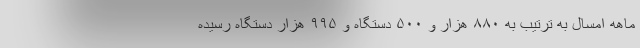
ماهه امسال به ترتیب به ۸۸۰ هزار و ۵۰۰ دستگاه و ۹۹۵ هزار دستگاه رسیده